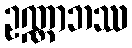
ဥဏ္ဏာဘဿ